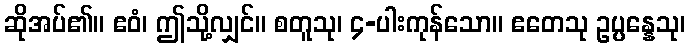
ဆိုအပ်၏။ ဧဝံ၊ ဤသို့လျှင်။ စတူသု၊ ၄-ပါးကုန်သော။ ဧတေသု ဥပ္ပန္နေသု၊